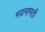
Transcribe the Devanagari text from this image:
मयनामती